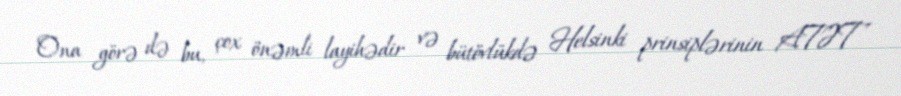
Ona görə də bu, çox önəmli layihədir və bütövlükdə Helsinki prinsiplərinin ATƏT